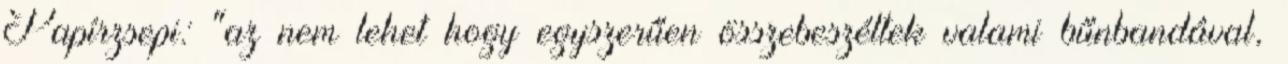
Papírzsepi: "az nem lehet hogy egyszerűen összebeszéltek valami bűnbandával,